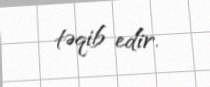
təqib edir.